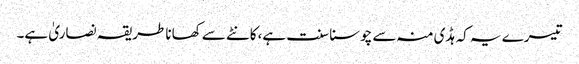
تیسرے یہ کہ ہڈی منہ سے چوسنا سنت ہے،کانٹے سے کھانا طریقہ نصاریٰ ہے۔